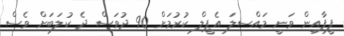
ފީފާއިން ވަނީ މައްސލަ އެޕީލް ކުރުމަށް 90 ދުވަސް ދެ ކުލަބަށް ވެސް